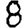
Digit: 8